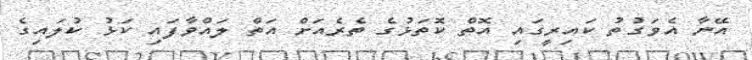
އޭނާ އެވަގުތު ކައިރީގައި އޮތް ކޮތަޅުގެ ތެރެއަށް އަތް ލައްވާފައި ކަޅު ކުލައިގެ